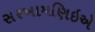
સરખામણિઇએ